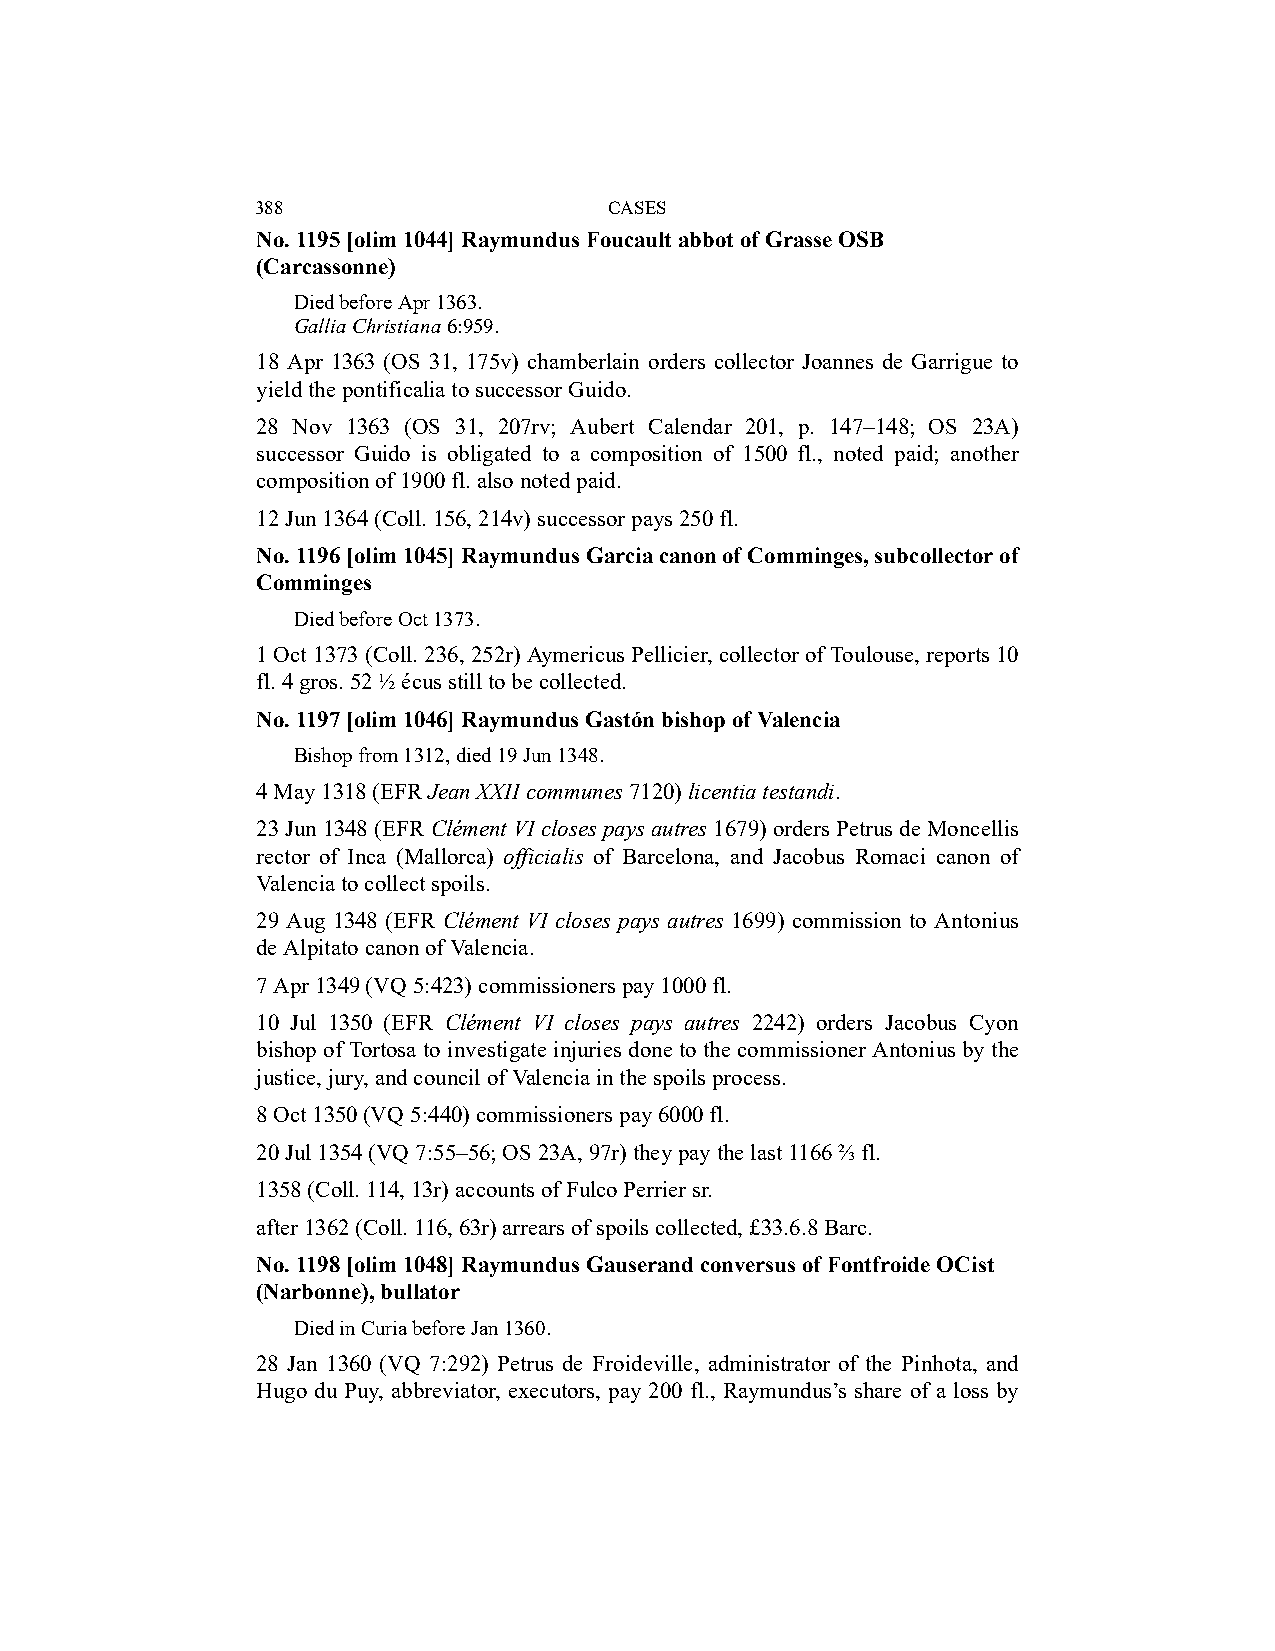
388                    CASES
 No. 1195 [olim 1044] Raymundus Foucault abbot of Grasse OSB
 (Carcassonne)
 Died before Apr 1363.
 Gallia Christiana 6:959.
 18 Apr 1363 (OS 31, 175v) chamberlain orders collector Joannes de Garrigue to
 yield the pontificalia to successor Guido.
 28 Nov 1363 (OS 31, 207rv; Aubert Calendar 201, p. 147–148; OS 23A)
 successor Guido is obligated to a composition of 1500 fl., noted paid; another
 composition of 1900 fl. also noted paid.
 12 Jun 1364 (Coll. 156, 214v) successor pays 250 fl.
 No. 1196 [olim 1045] Raymundus Garcia canon of Comminges, subcollector of
 Comminges
 Died before Oct 1373.
 1 Oct 1373 (Coll. 236, 252r) Aymericus Pellicier, collector of Toulouse, reports 10
 fl. 4 gros. 52 ½ écus still to be collected.
 No. 1197 [olim 1046] Raymundus Gastón bishop of Valencia
 Bishop from 1312, died 19 Jun 1348.
 4 May 1318 (EFR Jean XXII communes 7120) licentia testandi.
 23 Jun 1348 (EFR Clément VI closes pays autres 1679) orders Petrus de Moncellis
 rector of Inca (Mallorca) officialis of Barcelona, and Jacobus Romaci canon of
 Valencia to collect spoils.
 29 Aug 1348 (EFR Clément VI closes pays autres 1699) commission to Antonius
 de Alpitato canon of Valencia.
 7 Apr 1349 (VQ 5:423) commissioners pay 1000 fl.
 10 Jul 1350 (EFR Clément VI closes pays autres 2242) orders Jacobus Cyon
 bishop of Tortosa to investigate injuries done to the commissioner Antonius by the
 justice, jury, and council of Valencia in the spoils process.
 8 Oct 1350 (VQ 5:440) commissioners pay 6000 fl.
 20 Jul 1354 (VQ 7:55–56; OS 23A, 97r) they pay the last 1166 ⅔ fl.
 1358 (Coll. 114, 13r) accounts of Fulco Perrier sr.
 after 1362 (Coll. 116, 63r) arrears of spoils collected, £33.6.8 Barc.
 No. 1198 [olim 1048] Raymundus Gauserand conversus of Fontfroide OCist
 (Narbonne), bullator
 Died in Curia before Jan 1360.
 28 Jan 1360 (VQ 7:292) Petrus de Froideville, administrator of the Pinhota, and
 Hugo du Puy, abbreviator, executors, pay 200 fl., Raymundus’s share of a loss by